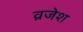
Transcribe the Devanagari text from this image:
व्रजेश